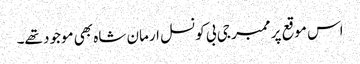
اس موقع پر ممبر جی بی کونسل ارمان شاہ بھی موجود تھے۔